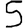
Digit: 5